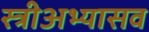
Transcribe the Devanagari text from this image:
स्त्रीअभ्यासव